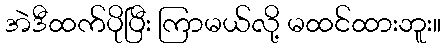
အဲဒီထက်ပိုပြီး ကြာမယ်လို့ မထင်ထားဘူး။